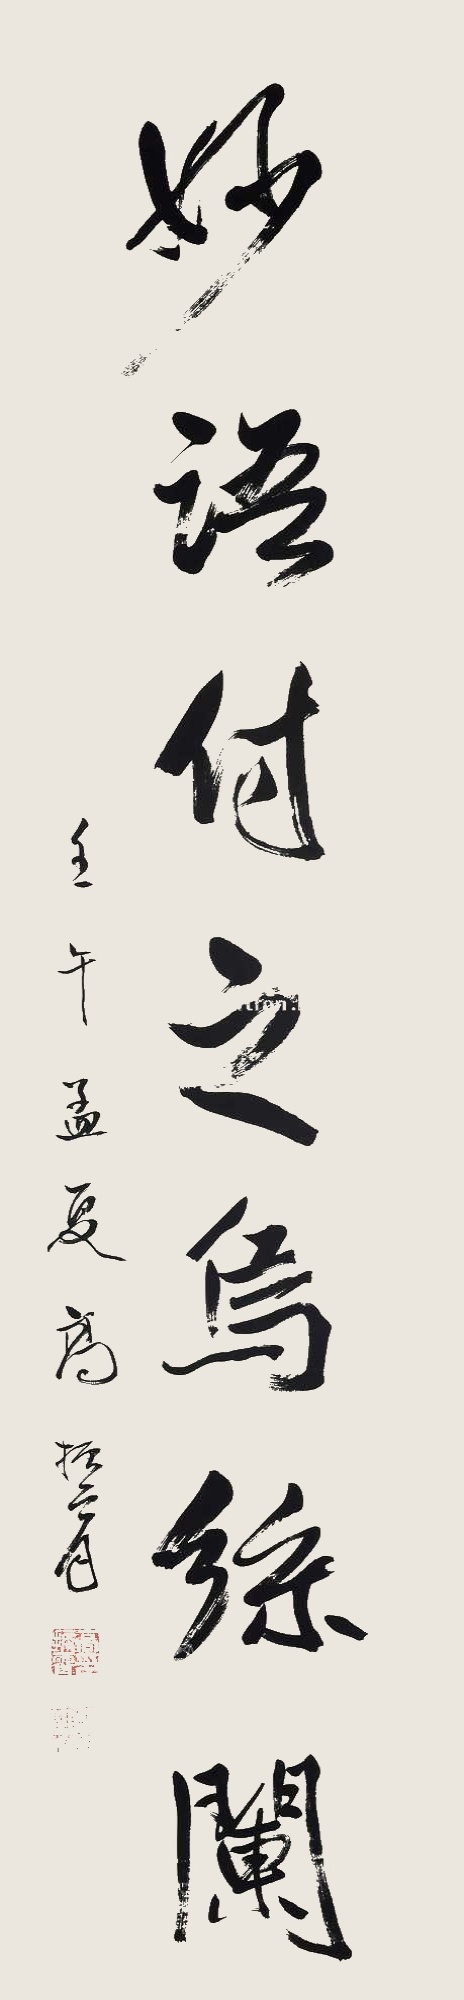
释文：妙语付之乌丝阑。壬午孟夏高振霄。